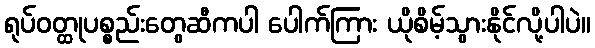
ရုပ်ဝတ္ထုပစ္စည်းတွေဆီကပါ ပေါက်ကြား ယိုစိမ့်သွားနိုင်လို့ပါပဲ။